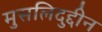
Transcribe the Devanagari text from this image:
मुसलिदुद्दीन